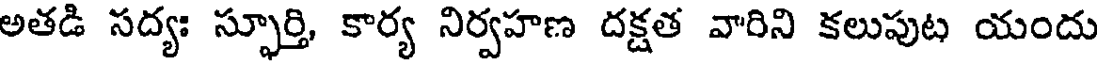
అతడి సద్యః స్ఫూర్తి, కార్య నిర్వహణ దక్షత వారిని కలుపుట యందు